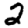
Digit: 2